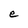
Character: e